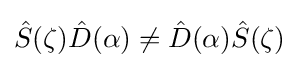
{\hat {S}}(\zeta ){\hat {D}}(\alpha )\neq {\hat {D}}(\alpha ){\hat {S}}(\zeta )